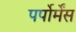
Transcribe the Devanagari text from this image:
पर्पोर्मेंस